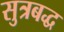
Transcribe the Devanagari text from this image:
सुत्रबद्ध